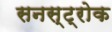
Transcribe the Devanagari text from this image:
सनस्ट्रोक